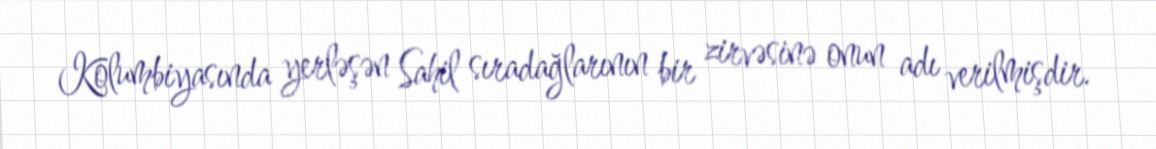
Kolumbiyasında yerləşən Sahil sıradağlarının bir zirvəsinə onun adı verilmişdir.